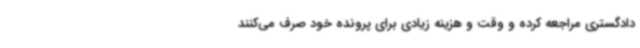
دادگستری مراجعه کرده و وقت و هزینه زیادی برای پرونده خود صرف می‌کنند